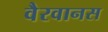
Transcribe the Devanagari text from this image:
वैरवानस